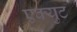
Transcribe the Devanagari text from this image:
एक्युट